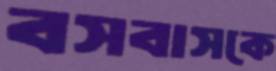
বসবাসকে